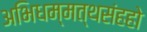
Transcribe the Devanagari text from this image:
अभिधम्मत्थसंहहो